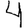
Digit: 4